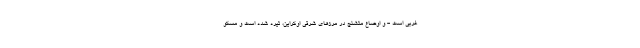
غربی است - و اوضاع متشنج در مرزهای شرقی اوکراین، تیره شده است و مسکو